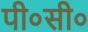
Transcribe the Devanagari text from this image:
पी०सी०